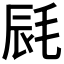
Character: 𣭽